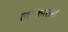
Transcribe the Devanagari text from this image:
लोकांतरों